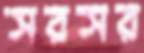
সরসর